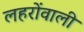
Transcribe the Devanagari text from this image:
लहरोंवाली